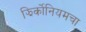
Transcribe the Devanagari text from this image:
झिर्कोनियमचा